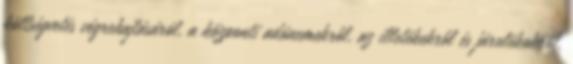
költségvetés végrehajtásáról, a központi adónemekről, az illetékekről és járulékokról,